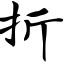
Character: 折